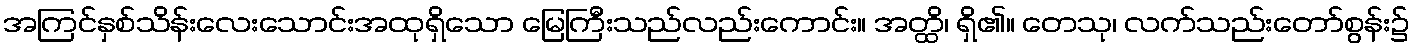
အကြင်နှစ်သိန်းလေးသောင်းအထုရှိသော မြေကြီးသည်လည်းကောင်း။ အတ္ထိ၊ ရှိ၏။ တေသု၊ လက်သည်းတော်စွန်း၌